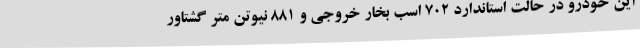
این خودرو در حالت استاندارد 702 اسب بخار خروجی و 881 نیوتن متر گشتاور